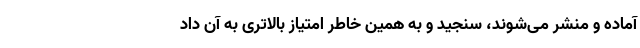
آماده و منشر می‌شوند، سنجید و به همین خاطر امتیاز بالاتری به آن داد